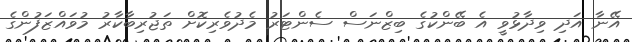
އޭނާ އަދި ވިދާޅުވީ އެ ބޭންކުގެ ބިޒްނަސް ސެންޓަރު މެދުވެރިކޮށް ތަޖުރިބާކާރު މުވައްޒަފުންގެ